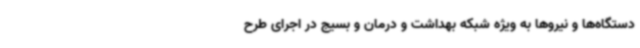
دستگاه‌ها و نیروها به ویژه شبکه بهداشت و درمان و بسیج در اجرای طرح